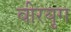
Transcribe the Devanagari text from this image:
वीरयुग